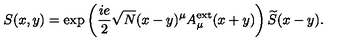
S ( x , y ) = \exp \left( \frac { i e } { 2 } \sqrt { N } ( x - y ) ^ { \mu } A _ { \mu } ^ { \mathrm { e x t } } ( x + y ) \right) \widetilde { S } ( x - y ) .